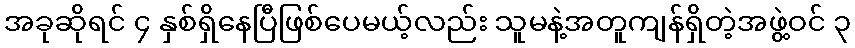
အခုဆိုရင် ၄ နှစ်ရှိနေပြီဖြစ်ပေမယ့်လည်း သူမနဲ့အတူကျန်ရှိတဲ့အဖွဲ့ဝင် ၃